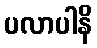
ပလာပါနိ